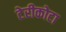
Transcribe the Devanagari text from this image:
टेरीकोटा